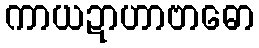
ကာယဍာဟာဗာဓော